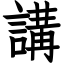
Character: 講